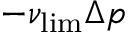
- \nu _ { \mathrm { l i m } } \Delta p